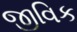
જીવિક